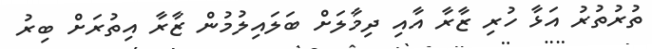
ތުރުތުރު އަޅާ ހުރި ޒާރާ އާއި ދިމާލަށް ބަލައިލުމުން ޒާރާ އިތުރަށް ބިރު